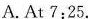
A. At 7:25.